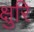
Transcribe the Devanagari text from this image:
क्षुरि